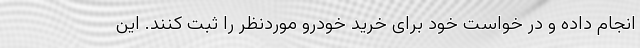
انجام داده و در خواست خود برای خرید خودرو موردنظر را ثبت کنند. این